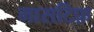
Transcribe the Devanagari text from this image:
मासटिफ़